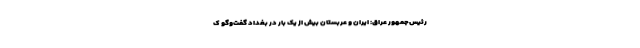
رئیس‌جمهور عراق: ایران و عربستان بیش از یک بار در بغداد گفت‌وگو ک